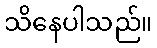
သိနေပါသည်။